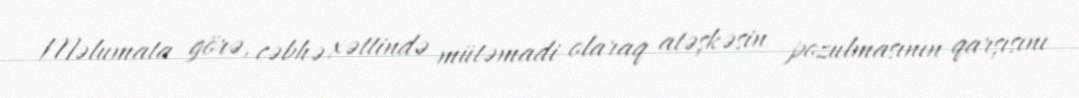
Məlumata görə, cəbhə xəttində mütəmadi olaraq atəşkəsin pozulmasının qarşısını